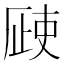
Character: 𣦆